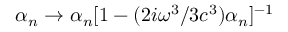
\alpha _ { n } \rightarrow \alpha _ { n } [ 1 - ( 2 i \omega ^ { 3 } / 3 c ^ { 3 } ) \alpha _ { n } ] ^ { - 1 }